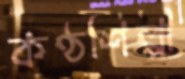
কণ্ঠশিল্পী